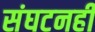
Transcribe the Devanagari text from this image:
संघटनही